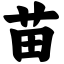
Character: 苗